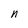
Character: n